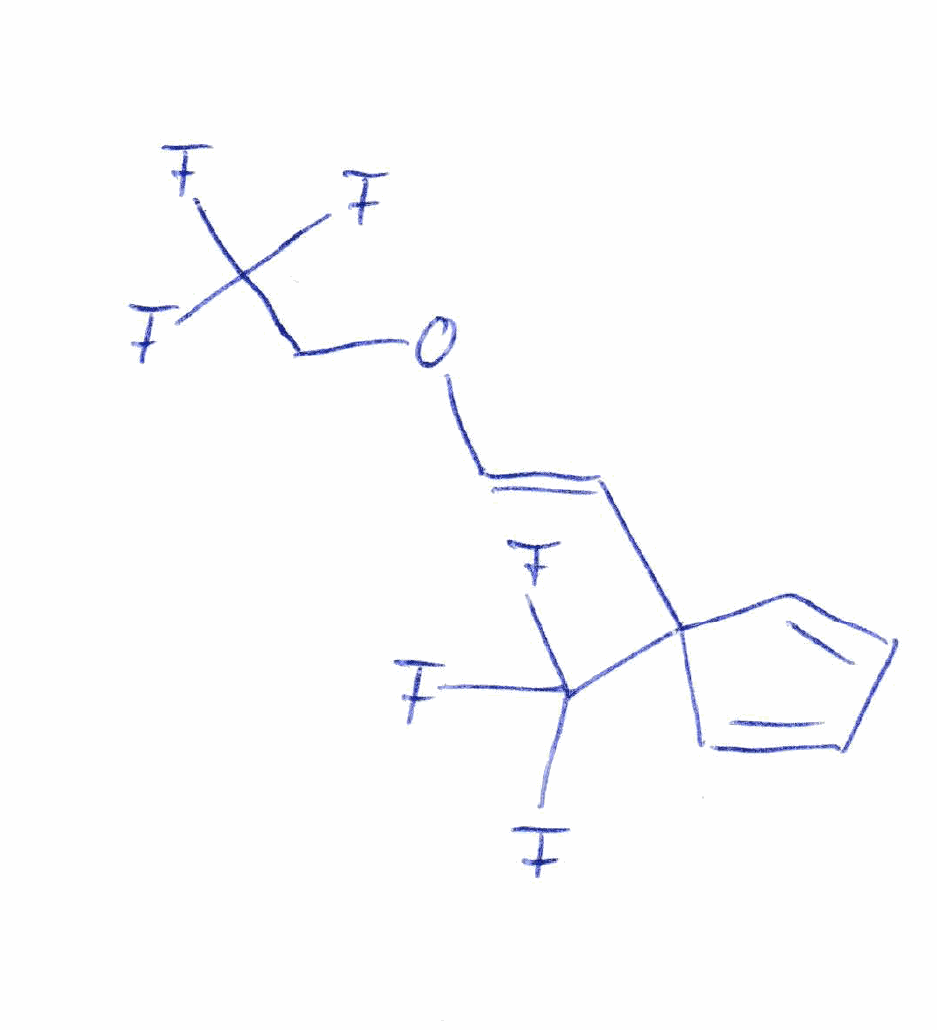
Simplified molecular-input line-entry system (SMILES) notation of the given molecule:
C1=CC(C=C1)(/C=C/OCC(F)(F)F)C(F)(F)F